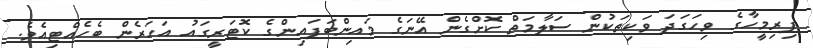
ފިރިމީހާގެ ވިހަގަދަ ވަކިތަކުން ސަލާމަތް ކޮށްގެން އޭނަގެ މައިންބަފައިންގެ ކޮޓަރީގައު އަހަރެން ބެހެއްޓިއެވެ.